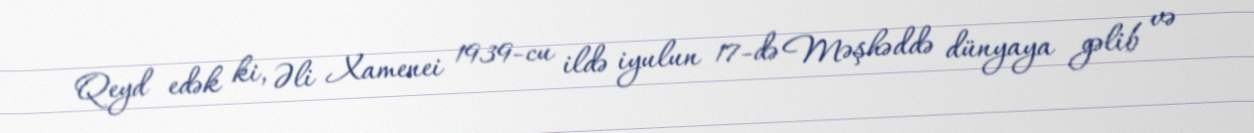
Qeyd edək ki, Əli Xamenei 1939-cu ildə iyulun 17-də Məşhəddə dünyaya gəlib və